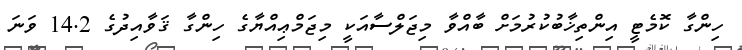
ހިންގާ ކޮމެޓީ އިންތިޚާބުކުރުމަށް ބާއްވާ މިޖަލްސާއަކީ މިޖަމްޢިއްޔާގެ ހިންގާ ޤަވާއިދުގެ 14.2 ވަނަ